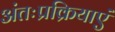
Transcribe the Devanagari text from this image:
अंतःप्रक्रियाएं